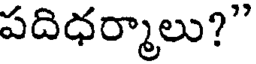
పదిధర్మాలు?"